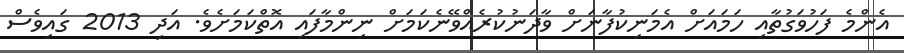
އެންމެ ފަހުވަގުތާއި ހަމައަށް އެމަނިކުފާނަށް ވާދަނުކުރެއްވޭނެކަމަށް ނިންމާފައި އޮތްކަމަށެވެ. އަދި 2013 ގައިވެސް